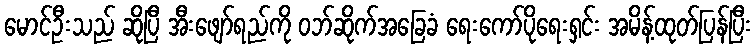
မောင်ဦးသည် ဆိုပြီ အီးဖျော်ရည်ကို ဝဘ်ဆိုက်အခြေခံ ရေးကော်ပိုရေးရှင်း အမိန့်ထုတ်ပြန်ပြီး